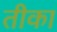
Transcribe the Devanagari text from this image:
तीका